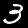
Label: 3